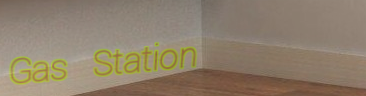
Gas Station